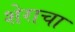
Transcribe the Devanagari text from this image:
शेराचा